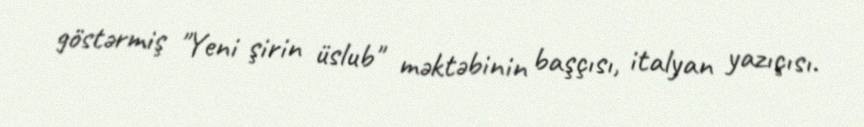
göstərmiş "Yeni şirin üslub" məktəbinin başçısı, italyan yazıçısı.